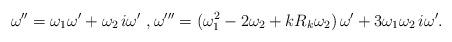
LaTeX: \begin{align*}\omega''=\omega_1 \omega'+\omega_2~\!i\omega'~,\omega'''=(\omega_1^2-2\omega_2+kR_k\omega_2)~\!\omega'+3\omega_1\omega_2~\!i\omega'.\end{align*}